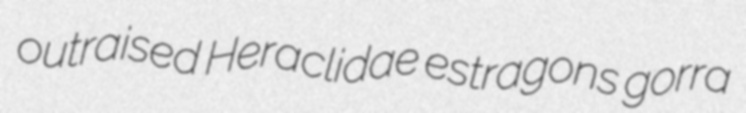
outraised Heraclidae estragons gorra